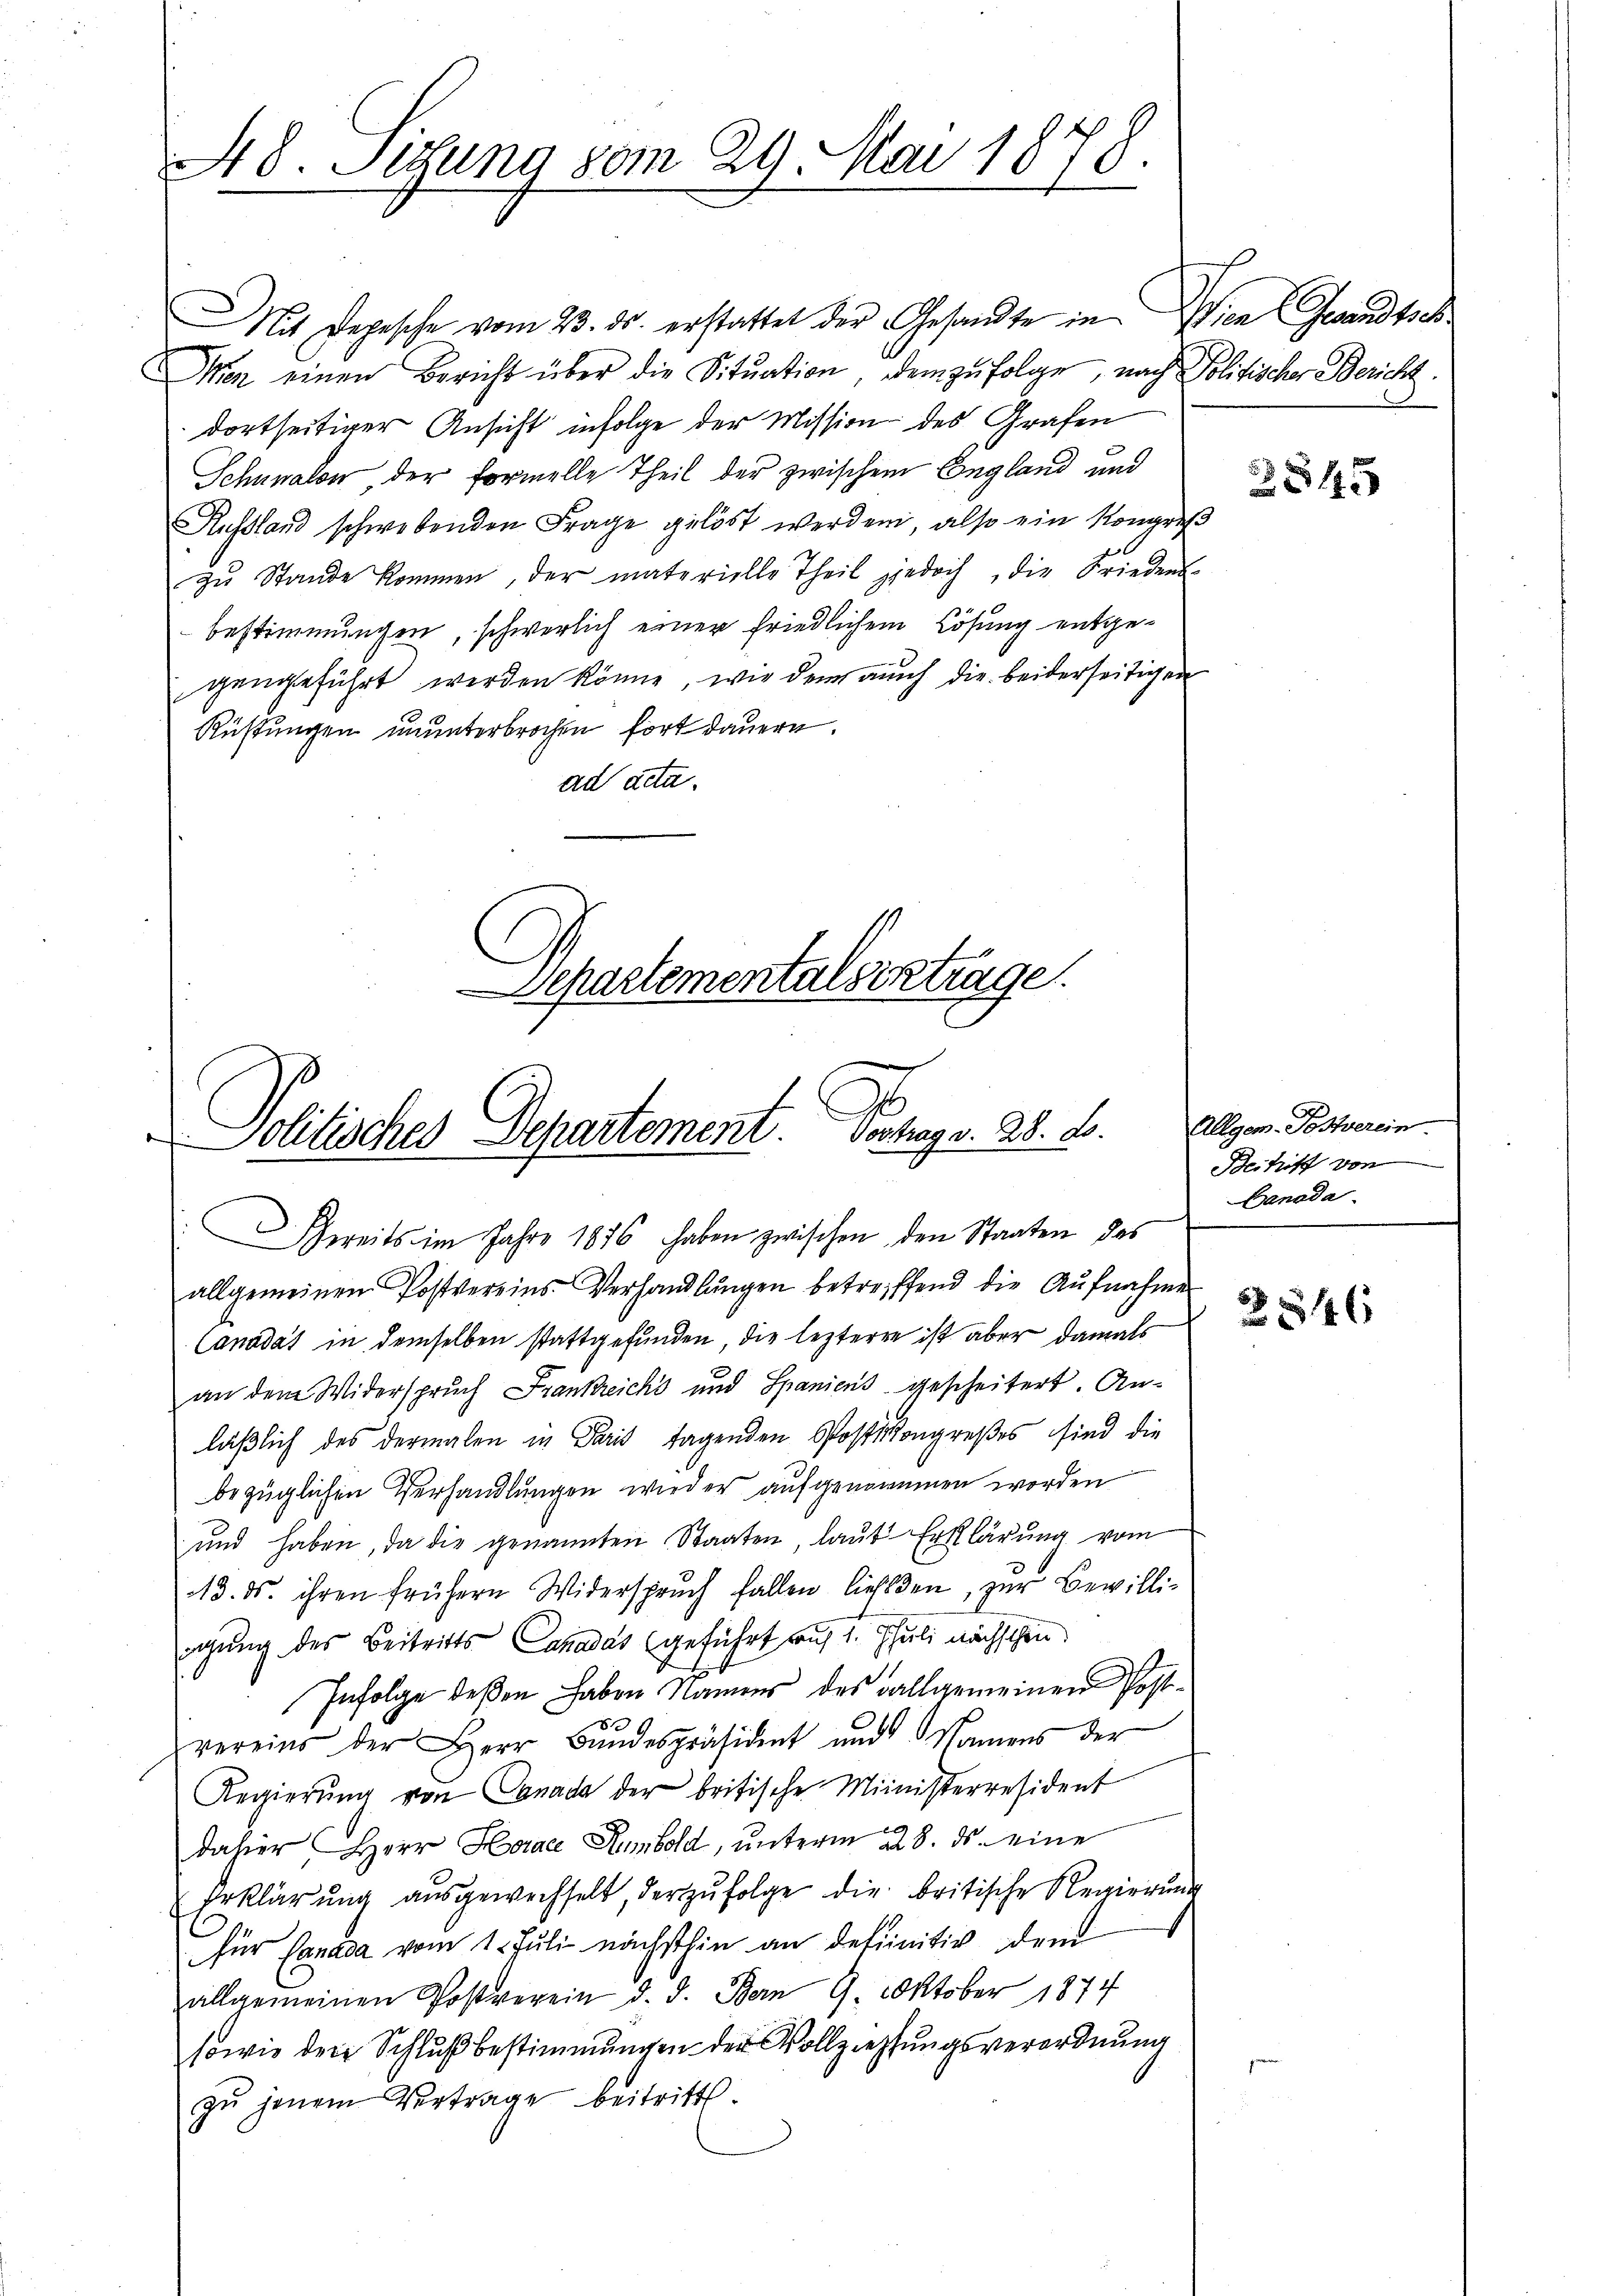
48. Sitzung vom 29. Mai 1878.

Politisches Departement. Portrag. 28. d.
Zereits im Jahre 1876 haben zwischen den Staaten des

Mit Depesche vom 23. ds. erstattet der Gesandte in Wien (Gesandts
Ien einen Bericht über die Sitŭation, dem zŭfolge, nach Politischer Bericht.
dortseitiger Ansicht infolge der Mission des Grafen
Schnealon, der Formelle Theil der zwischen England und
Russland schwebenden Frage gelöst werden, also ein Kongreß
zu Stande kommen, der materielle Theil jedoch, die Friedens-
bestimmungen, schwerlich einer friedlichem Lösung entgegengeführt werden könne, wie dem auch die beiderseitigen
Rüstungen ununterbrochen fort dauern.
ad acta.
Separtementalvertrage

allgemeinen Postvereins Verhandlŭngen betreiffend die Aŭfnahmen
Canadat in demselben stattgefunden, die leztere ist aber damals
an dem Widerspruch Frankreichs und Spaniens gescheitert. Anläßlich des dermalen in Paris tagenden Postikongreßes sind die
bezüglichen Verhandlungen wieder aufgenommen worden
und haben, da die genannten Staaten, laut Erklärung vom
13. ds. ihren frühern Widerspruch fallen ließen, zur Bewilli-
igung des Beitritts Canadas geführt auf 1. Juli nächstehen
Infolge deßen haben Namens des Fallgemeinen Post-
vereins der Herr Bŭndespräsident und Namens der
Regierŭng von Canada der britische Ministerresident
dahier Herr Horace Humbold, unterm 28. ds. eine
Erklärŭng aŭsgewechselt, der zŭfolge die britische Regierŭng
für Canada vom 1. Juli nächsthin an definitiv dem
allgemeinen Postverein d. d. Bern 9. Oktober 1874
sowie der Schluß bestimmungen der Vollziehungsverordnung
zŭ jenem Vertrage beitritt.

4

Allgem. Posterein
Beitriff von
Lanada

546